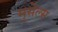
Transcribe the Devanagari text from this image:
मुसेल्स